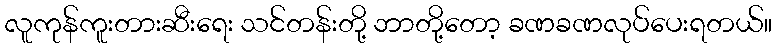
လူကုန်ကူးတားဆီးရေး သင်တန်းတို့ ဘာတို့တော့ ခဏခဏလုပ်ပေးရတယ်။